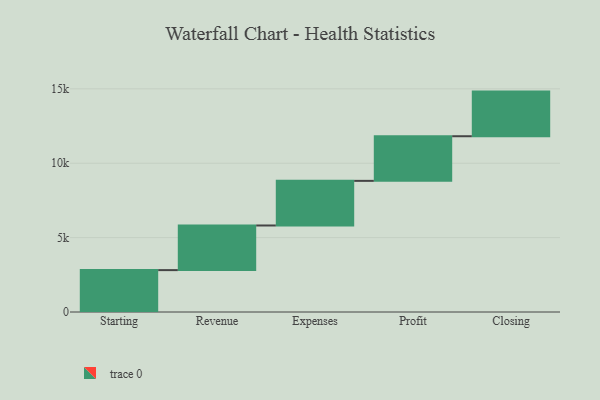
{"axis": {"x": "Step", "y": "Value"}, "legend": [""], "data": [{"x": "Starting", "y": 2815.0, "type": ""}, {"x": "Revenue", "y": 3000, "type": ""}, {"x": "Expenses", "y": 3000, "type": ""}, {"x": "Profit", "y": 3000, "type": ""}, {"x": "Closing", "y": 3000, "type": ""}]}